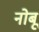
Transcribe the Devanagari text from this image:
नोबू